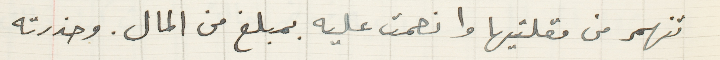
تنهمر من مقلتيها وانعمت عليه بمبلغ من المال. وحذرته